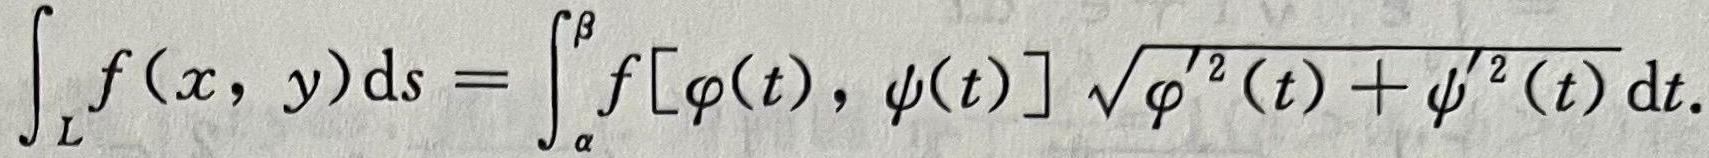
\[
\int_{L} f(x, y) \mathrm{d}s=\int_{\alpha}^{\beta} f[\varphi(t), \psi(t)] \sqrt{\varphi^{\prime 2}(t)+\psi^{\prime 2}(t)} \mathrm{d}t.
\]